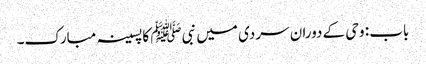
باب : وحی کے دوران سردی میں نبیﷺ کا پسینہ مبارک۔